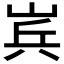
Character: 𮱫